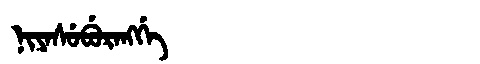
Manchu: ᠨᡳᠶᠠᠰᡠᠪᡠᡵᠠᠩᡤᡝ
Romanization: NIYASUBURANGGE